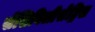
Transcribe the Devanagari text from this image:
सेंसिबिलीसेट्रिस